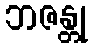
ဘဇန္တု